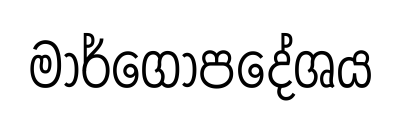
මාර්ගෝපදේශය